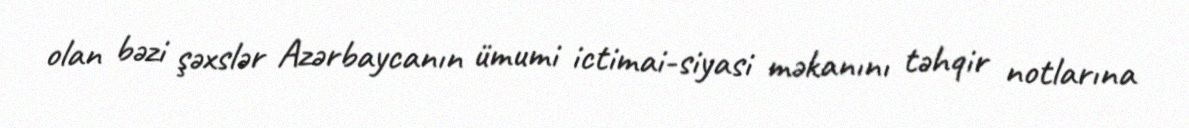
olan bəzi şəxslər Azərbaycanın ümumi ictimai-siyasi məkanını təhqir notlarına